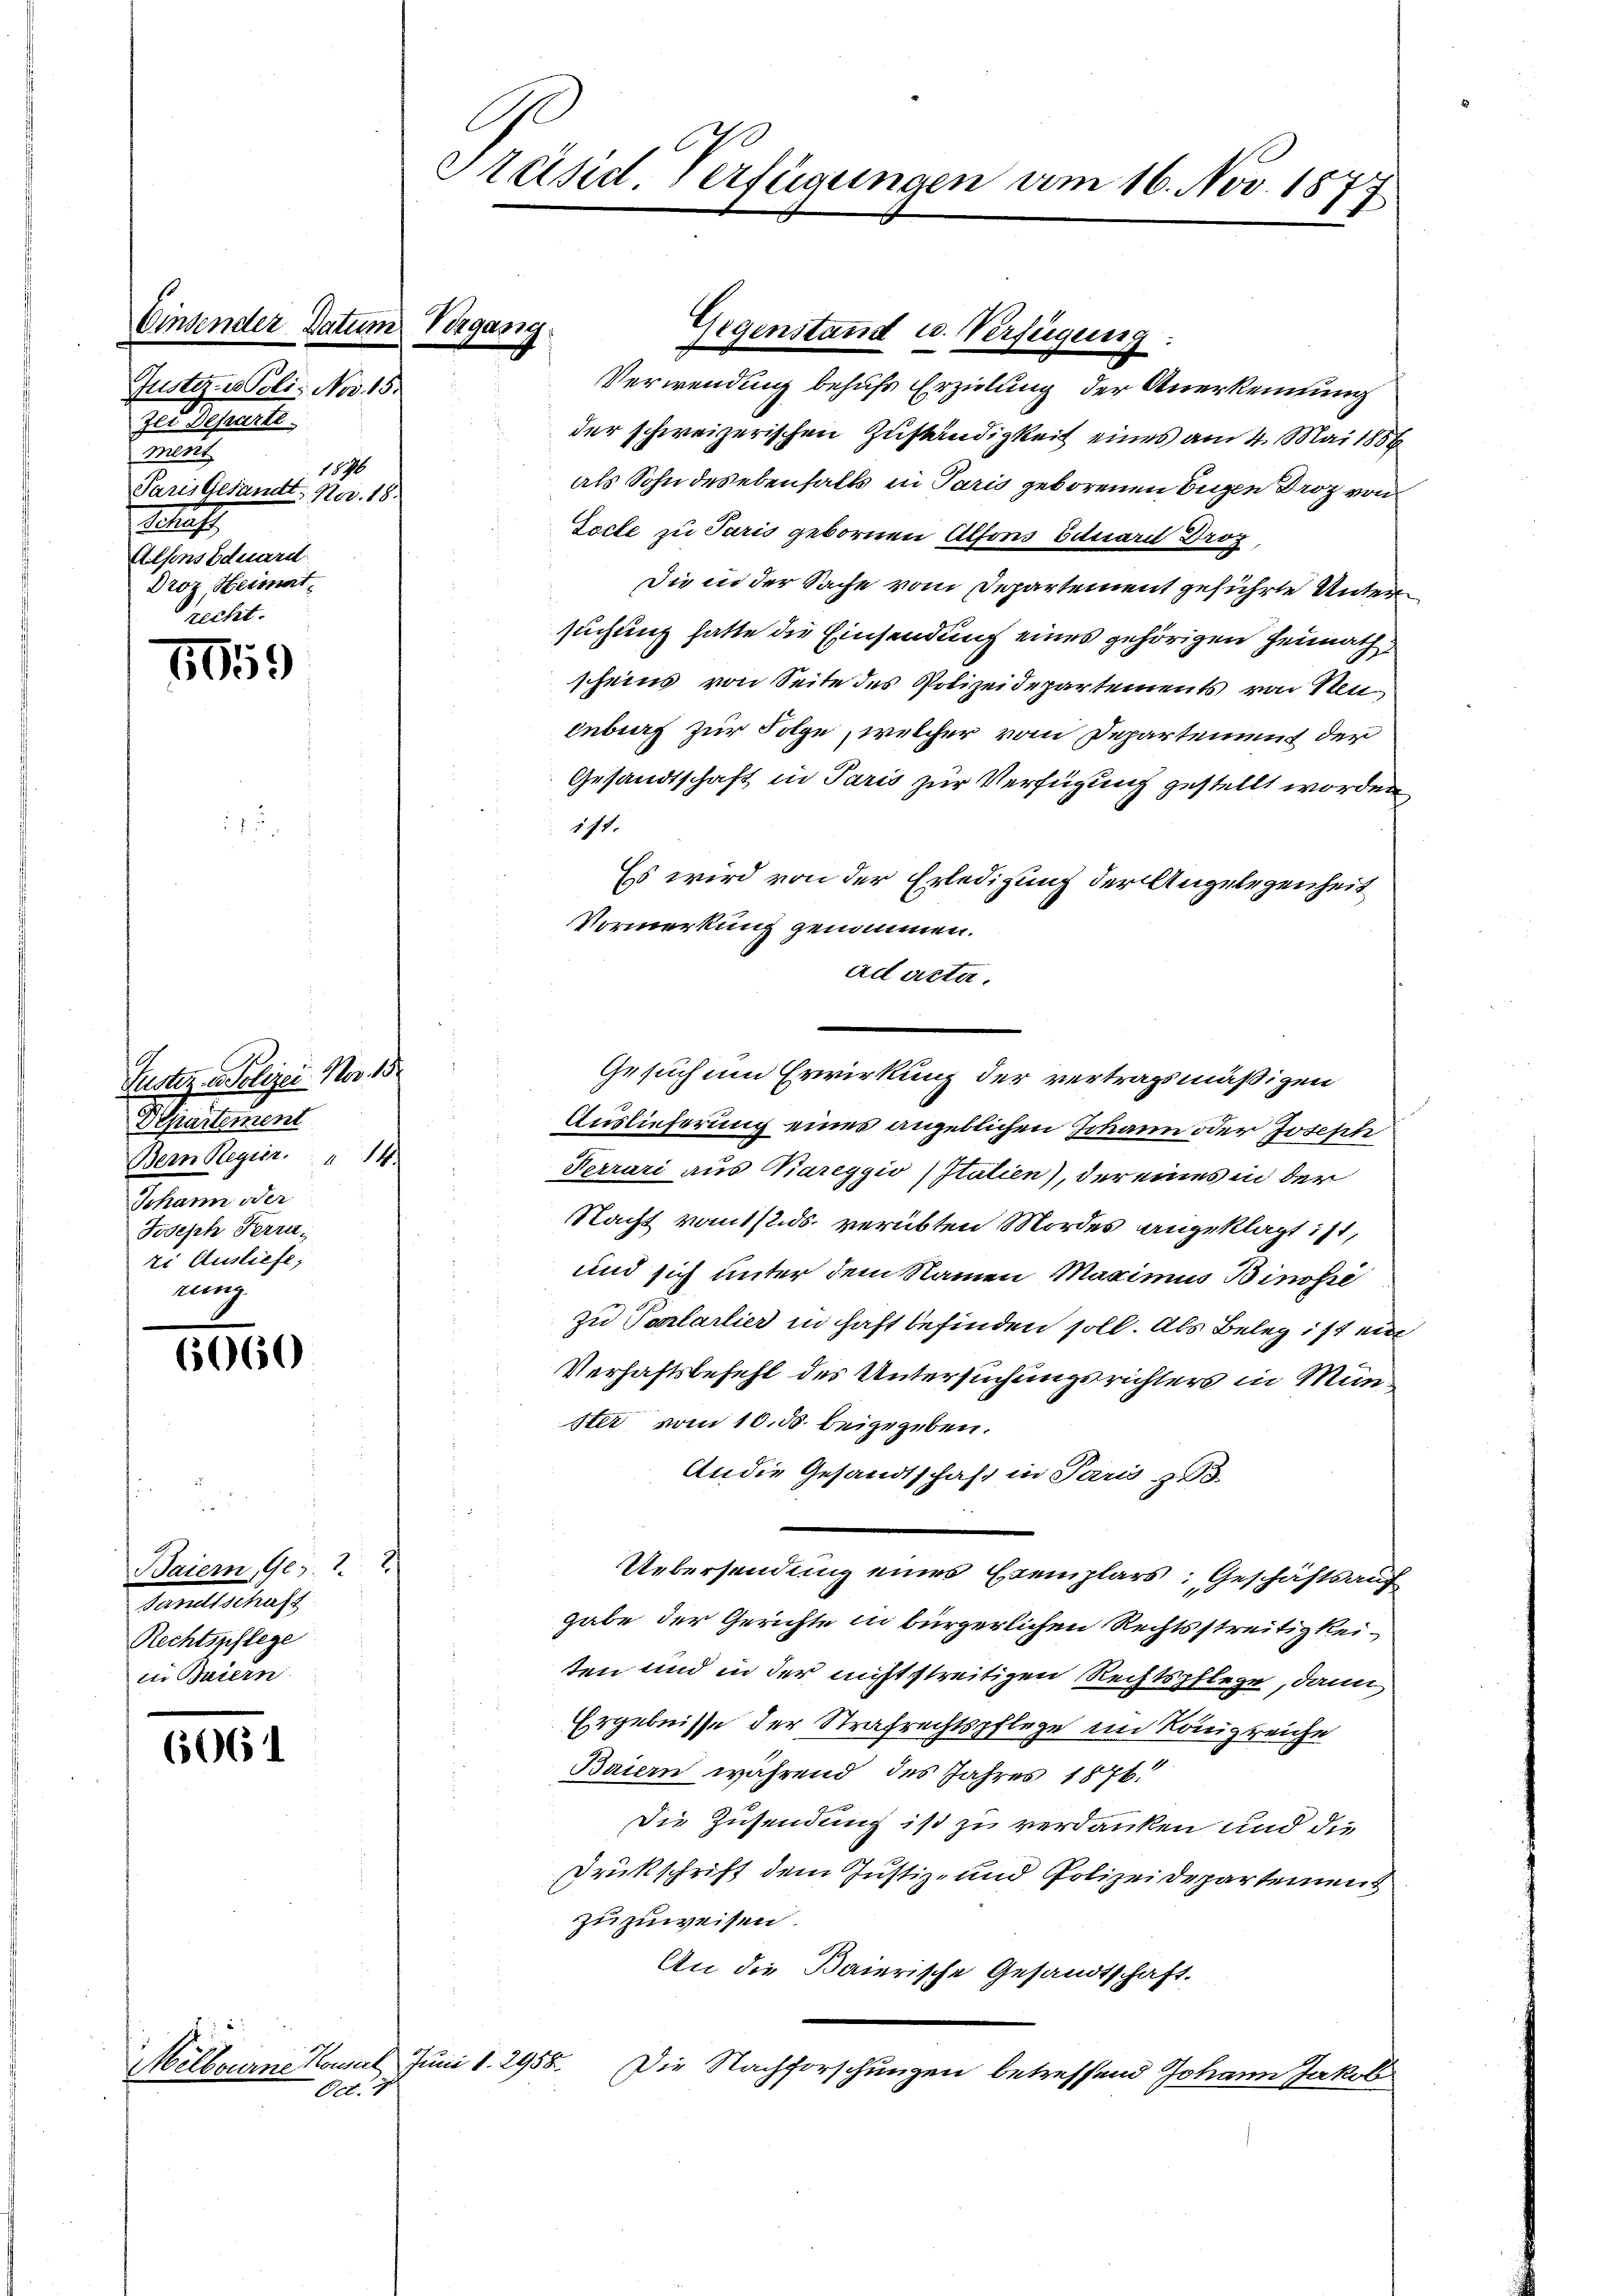
Einsender Datum Vergang.
Justiz- & Poli- Nov. 18.
Jer Departe.
ment
1576
Paris Gesandt. Nov. 18.
.
Alsons Eduard
Droz Heimat
recht.

5059

Justiz u. Polizei- Nov. 15
Departement
Bern Regier. 14.
Johann der
Joseph Ferru
zi Ausliefe,
rung.

6060

.
2
2
Baiern, Ges.
Ganellschaft
Rechtspflege
in Baiern

65061

Melbourne Konsul Juni d. 2956.
Oct. 1

i

Sänd. Verfügungen vom 16. Nov. 1877

Gegenstand u. Verfügung.

Verwendung behufs Erzielung der Anerkennung
der schweizerischen Zuständigkeit eines am 4. Mai 1856
als Sohn des ebenfalls in Paris geborenen Eugen Droz von
Tocte zu Paris gebornen Alfons Eduarii Droz
Die in der Sache vom Departement geführte Untersuchung hatte die Einsendung eines gehörigen Heimath
scheins von Seite des Polizeidepartements von Neu
inberg zur Folge, welcher vom Departement der
Gesandtschaft in Paris zur Verfügung gestellt worden
111.
Es wird von der Erledigung der Angelegenheit
Vormerkung genommen.
ad acta.
Gesuchen Erwirkung der vertragsmäßigen
.
Auslieferung eines angeblichen Johann oder Joseph
Ferrari aus Kareggio (Italien), der eines in der
Nacht vom 12. ds. verübten Mordes angeklagt ist,
und sich unter dem Namen Maximus Binosse
zu Vorlartier in haft befinden soll. Als Beleg ist ein
Verhaftsbefehl des Untersuchungsrichters in Münster vom 10. ds. beigegeben.
An die Gesandtschaft in Paris zu
Uebersendung eines Exemplars. Geschäftsauf
gabe der Gerichte in bürgerlichen Rechtsstreitigkeiten und in der nicht streitigen Rechtspflege, dann
Ergebnisse der Strafrechtspflege im Königreiche
Baiern während des Jahres 1876.
Die Zusendung ist zu verdanken und die
Drückschrift dem Justiz- und Polizeidepartement
zu zuweisen.
An die Baierische Gesandtschaft.
Die Nachforschungen betreffend Johann Jakob